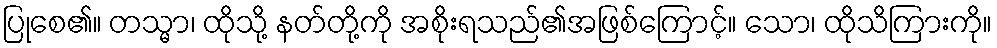
ပြုစေ၏။ တသ္မာ၊ ထိုသို့ နတ်တို့ကို အစိုးရသည်၏အဖြစ်ကြောင့်။ သော၊ ထိုသိကြားကို။